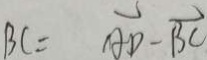
B C = \overrightarrow { A D } - \overrightarrow { B C }